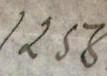
1258